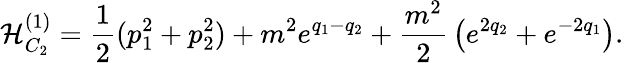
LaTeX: {\cal H}_{C_{2}}^{(1)}={\frac{1}{2}}(p_{1}^{2}+p_{2}^{2})+m^{2}e^{q_{1}-q_{2}}+{\frac{m^{2}}{2}}\left(e^{2q_{2}}+e^{-2q_{1}}\right).